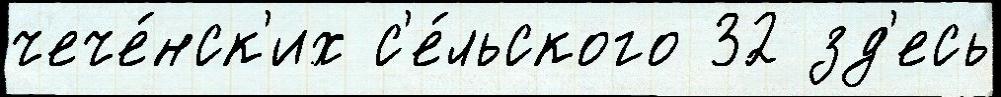
чече́нск'их с'е́льского 32 зд'есь